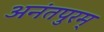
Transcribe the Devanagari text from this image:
अनंतपुरम्